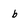
Character: b